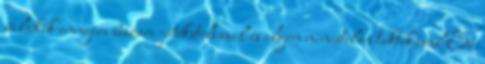
valakik ennyire beszari játékstílussal és ilyen nincstelen taktikával Ez